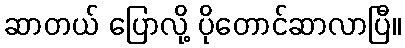
ဆာတယ် ပြောလို့ ပိုတောင်ဆာလာပြီ။